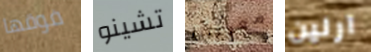
فوقها تشينو معركتنا آرلين